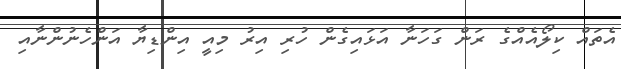
އެތައް ކިލޯއެއްގެ ރަން ގަހަނާ އަޅައިގެން ހުރި އިރު މިއީ އިންޑިޔާ އަންހެނުންނާއި